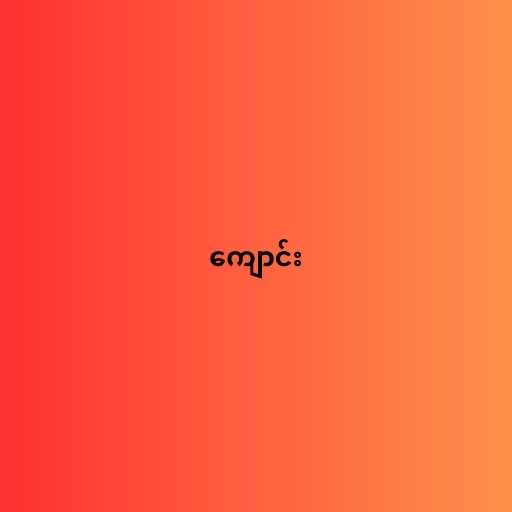
ကျောင်း